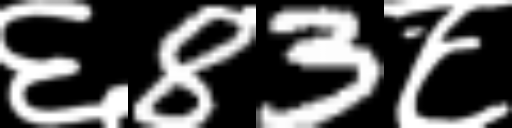
Text: ६83८